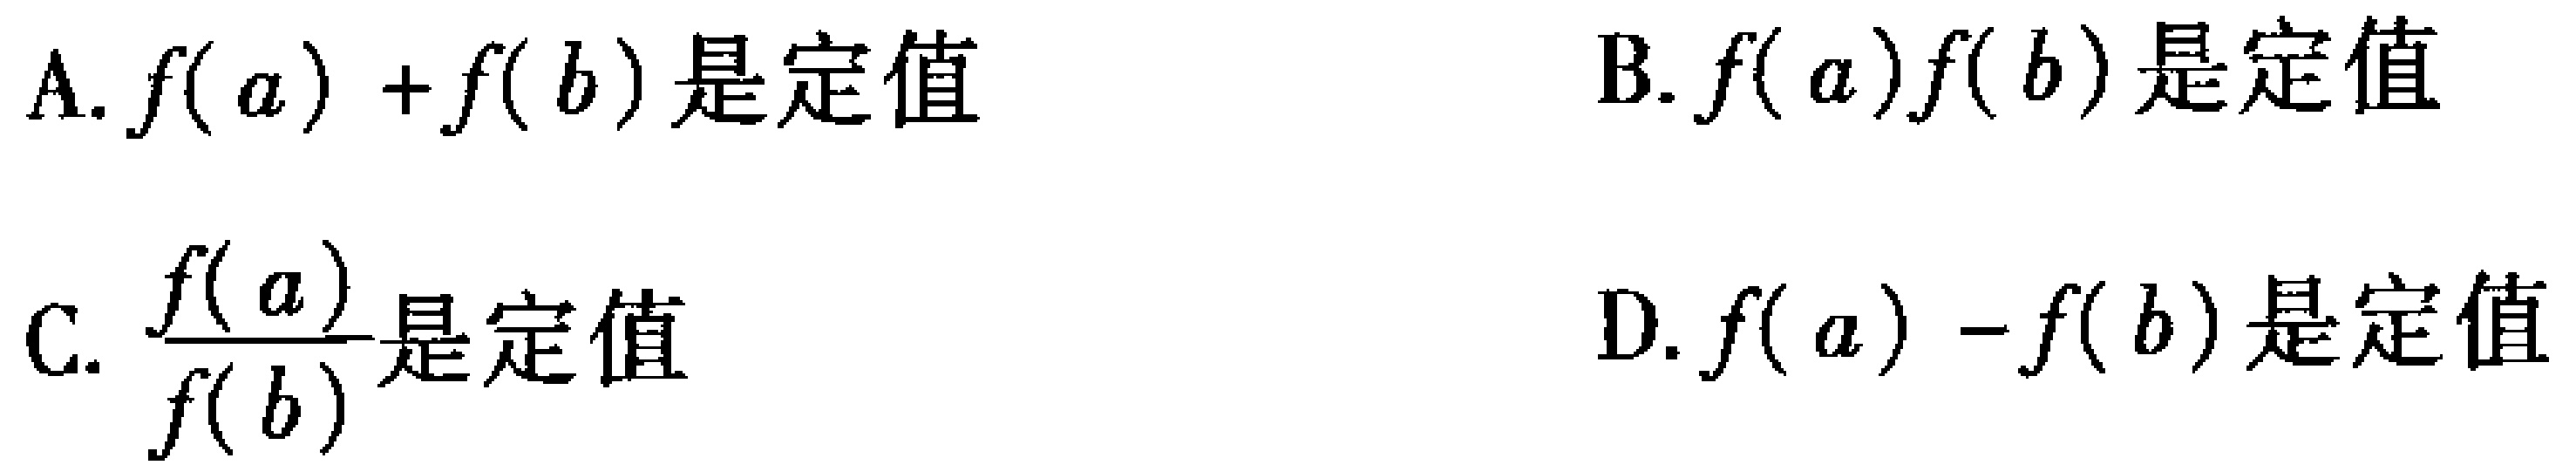
A. \(f(a)+f(b)\)是定值

B. \(f(a)f(b)\)是定值

C. \(\frac{f(a)}{f(b)}\)是定值

D. \(f(a)-f(b)\)是定值